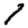
Digit: 1